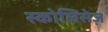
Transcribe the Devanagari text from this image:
स्कोलिसेज़